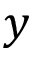
y